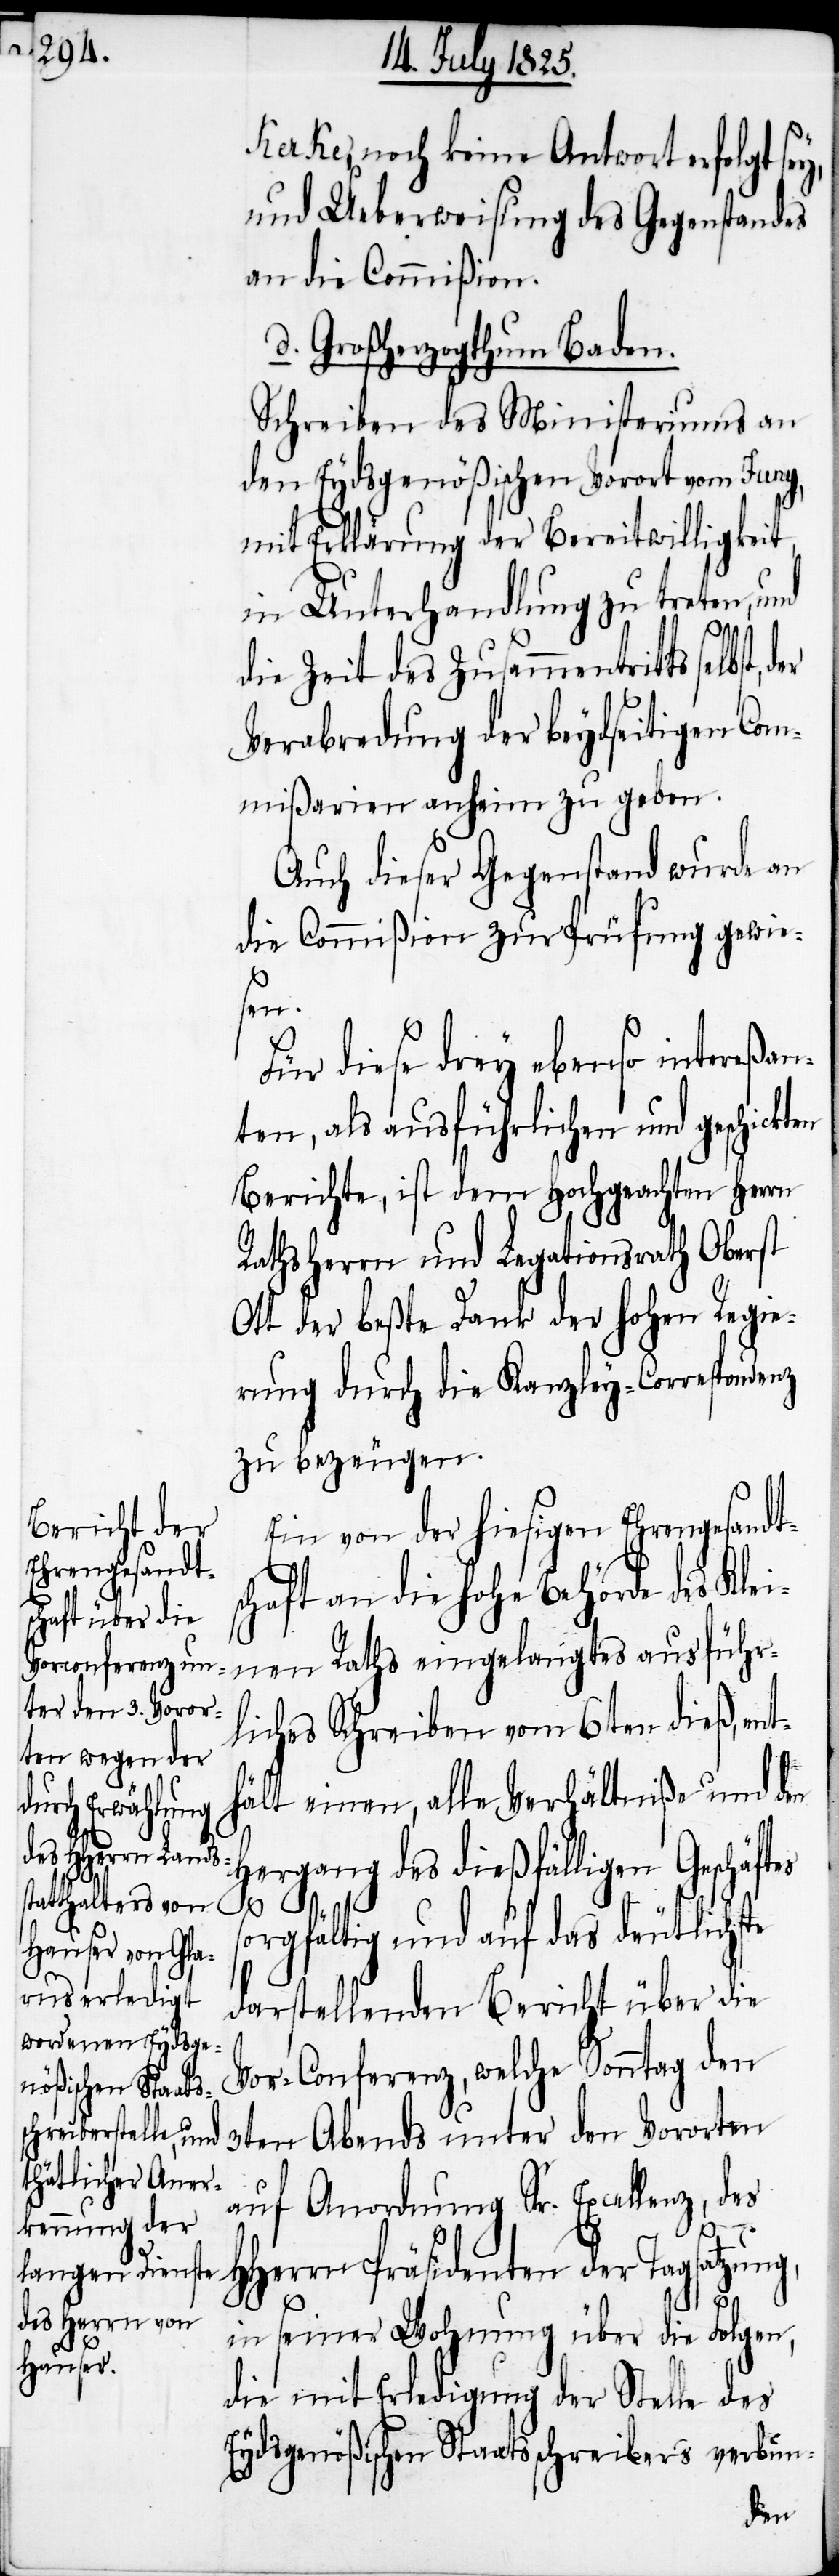
kerke, noch keine Antwort erfolgt sey,
und Ueberweisung des Gegenstandes
an die Commißion.
d. Großherzogthum Baden.
Schreiben des Ministeriums an
den Eydsgenößischen Vorort vom Juny,
mit Erklärung der Bereitwilligkeit,
in Unterhandlung zu treten, und
die Zeit des Zusammentritts selbst,
Verabredung der beydseitigen Com¬
mißarien anheim zu geben.
Auch dieser Gegenstand wurde an
die Commißion zur Prüfung gewie¬
sen.
Für diese drey ebenso intereßan¬
ten, als ausführlichen und geschickten
Berichte, ist dem Hochgeachten Herrn
Rathsherrn und Legationsrath Oberst
Ott der beßte Dank der hohen Regie¬
rung durch die Kanzley-Correspondenz
zu bezeugen.
Ein von der hiesigen Ehrengesandt¬
chaft an die hohe Behörde des Klei¬
nen Raths eingelangtes ausführ¬
liches Schreiben, vom 6ten dieß, ent¬
s¬
hält einen, alle Verhältniße und den
Hergang des dießfälligen Geschäftes
sorgfältig auf das deutlichste
darstellenden Bericht über die
Vor-Conferenz, welche Sonntag den
3ten Abends unter den Vororten
auf Anordnung Sr. Excellenz, des
HHerrn Präsidenten der Tagsatzung,
in seiner Wohnung über die Folgen,
die mit Erledigung der Stelle des
Eydsgenößischen Staatsschreibers verbun-
der